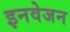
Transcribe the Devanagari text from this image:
इनवेजन